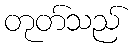
တုတ်သည်